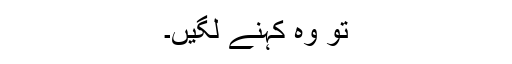
تو وہ کہنے لگیں۔